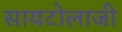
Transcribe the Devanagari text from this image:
सायटोलाजी